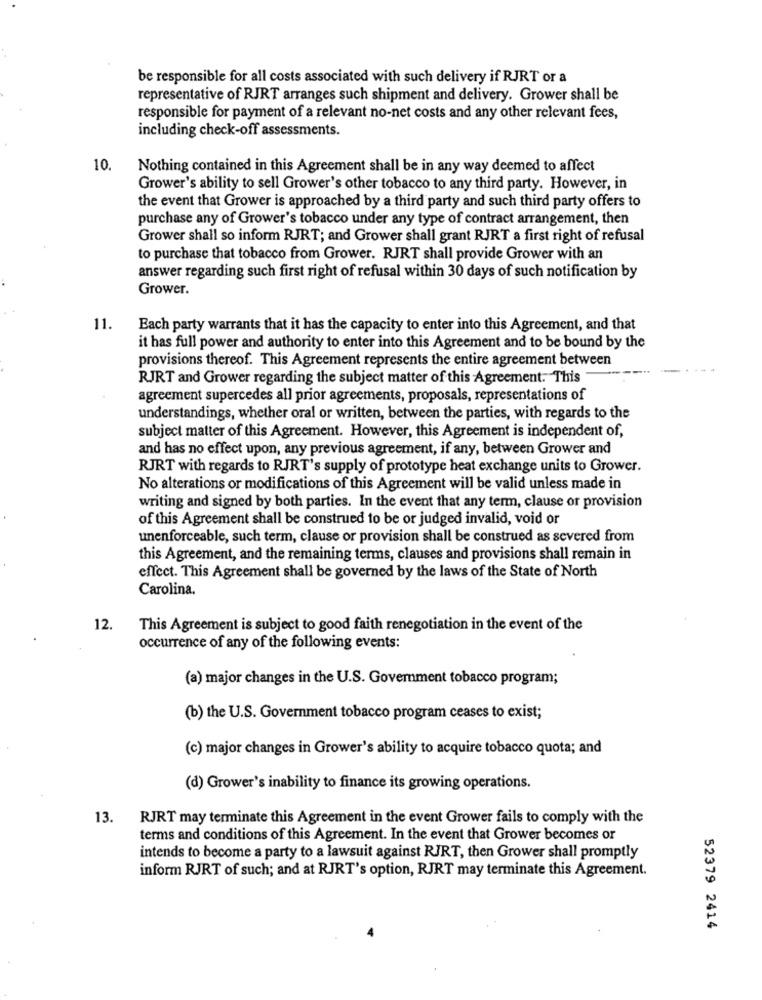
be responsible for all costs associated with such delivery if RJRT or a
representative of RJRT arranges such shipment and delivery. Grower shall be
responsible for payment of a relevant no-net costs and any other relevant fees,
including check-off assessments.
10.
Nothing contained in this Agreement shall be in any way deemed to affect
Grower's ability to sell Grower's other tobacco to any third party. However, in
the event that Grower is approached by a third party and such third party offers to
purchase any of Grower's tobacco under any type of contract arrangement, then
Grower shall so inform RJRT; and Grower shall grant RJRT a first right of refusal
to purchase that tobacco from Grower. RJRT shall provide Grower with an
answer regarding such first right of refusal within 30 days of such notification by
Grower.
11.
Each party warrants that it has the capacity to enter into this Agreement, and that
it has full power and authority to enter into this Agreement and to be bound by the
provisions thereof. This Agreement represents the entire agreement between
RJRT and Grower regarding the subject matter of this Agreement. This
agreement supercedes all prior agreements, proposals, representations of
understandings, whether oral or written, between the parties, with regards to the
subject matter of this Agreement. However, this Agreement is independent of,
and has no effect upon, any previous agreement, if any, between Grower and
RJRT with regards to RJRT's supply of prototype heat exchange units to Grower.
No alterations or modifications of this Agreement will be valid unless made in
writing and signed by both parties. In the event that any term, clause or provision
of this Agreement shall be construed to be or judged invalid, void or
unenforceable, such term, clause or provision shall be construed as severed from
this Agreement, and the remaining terms, clauses and provisions shall remain in
effect. This Agreement shall be governed by the laws of the State of North
Carolina.
12.
This Agreement is subject to good faith renegotiation in the event of the
occurrence of any of the following events:
(a) major changes in the U.S. Government tobacco program;
(b) the U.S. Government tobacco program ceases to exist;
(c) major changes in Grower's ability to acquire tobacco quota; and
(d) Grower's inability to finance its growing operations.
13.
RJRT may terminate this Agreement in the event Grower fails to comply with the
terms and conditions of this Agreement. In the event that Grower becomes or
intends to become a party to a lawsuit against RJRT, then Grower shall promptly
inform RJRT of such; and at RJRT's option, RJRT may terminate this Agreement.
52379 2414